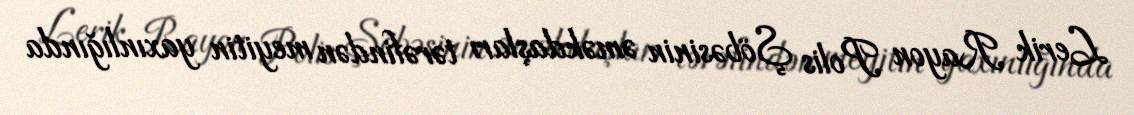
Lerik Rayon Polis Şöbəsinin əməkdaşları tərəfindən meyitin yaxınlığında